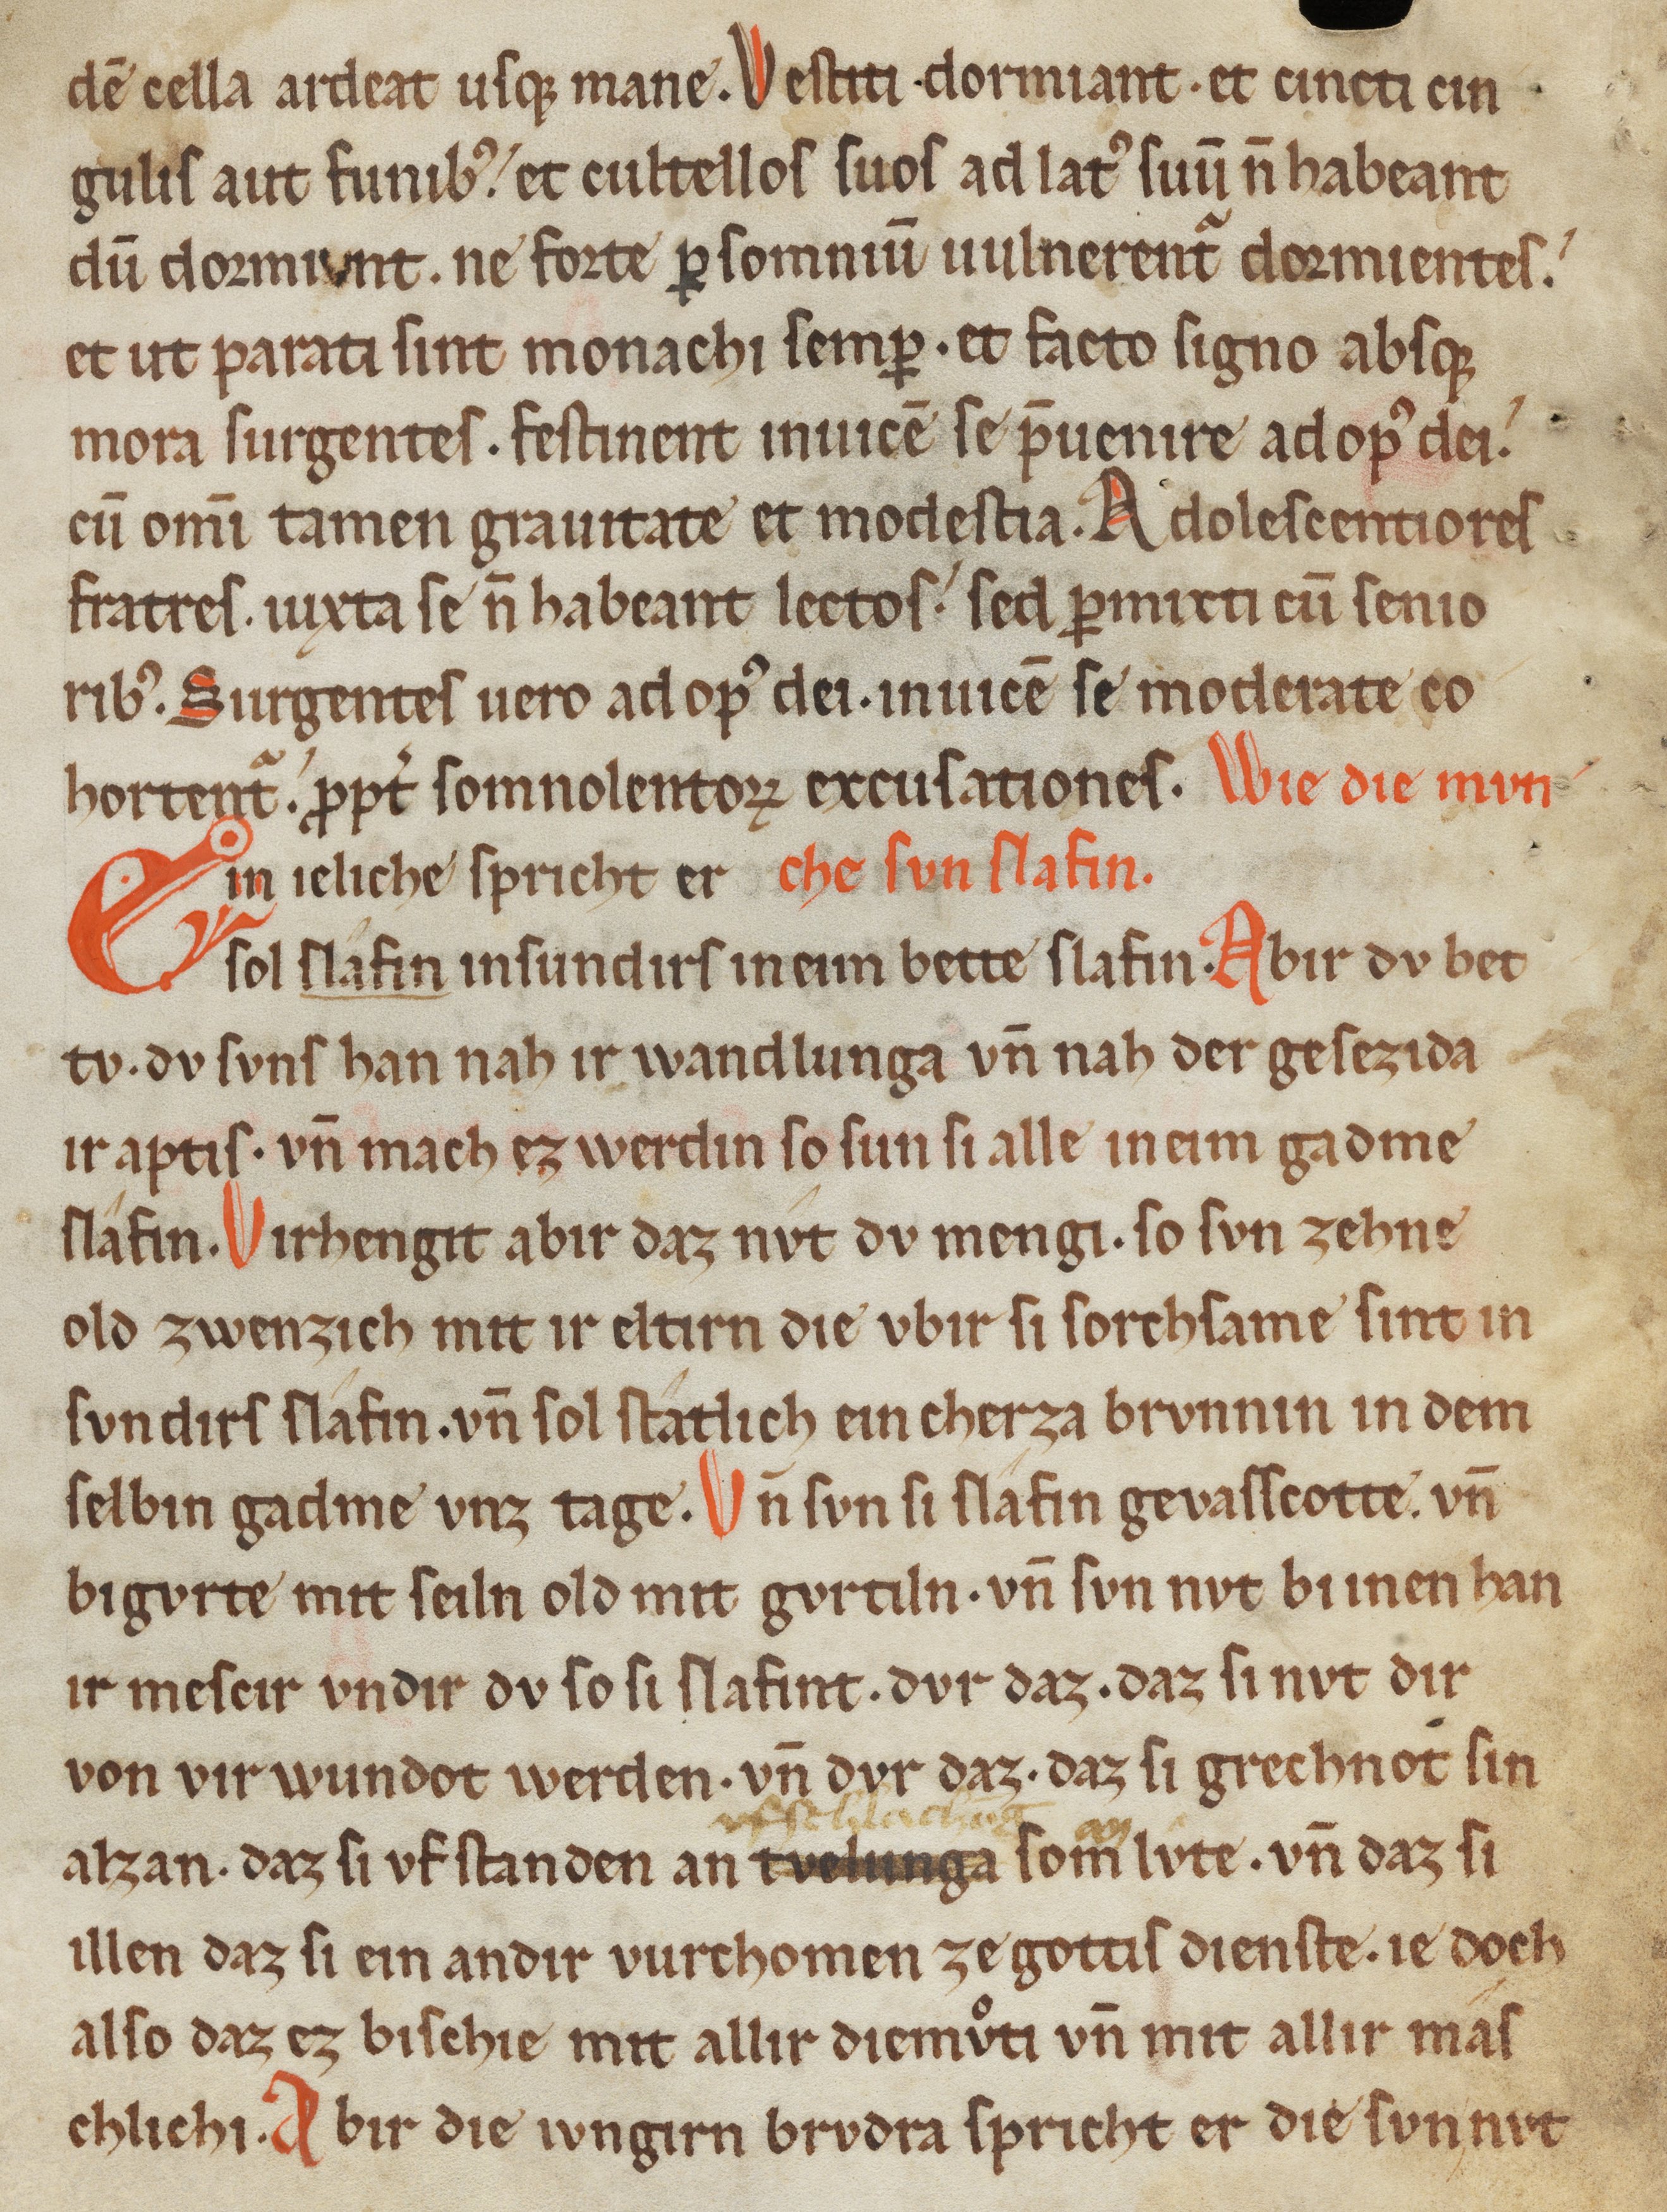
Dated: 1200–1299